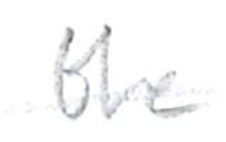
Text: the
Cross-out: single-line
Writing tool: pencil